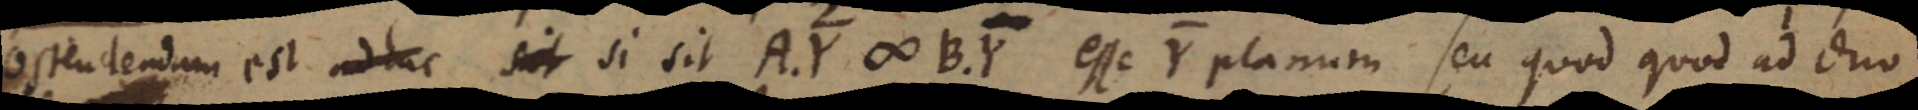
ostendendum est ad hoc sit si sit A.Y ∞ B.Y esse Y planum seu quod quod ad duo